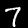
Digit: 7